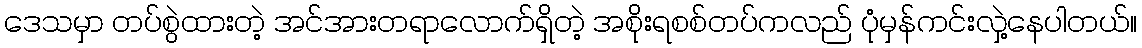
ဒေသမှာ တပ်စွဲထားတဲ့ အင်အားတရာလောက်ရှိတဲ့ အစိုးရစစ်တပ်ကလည် ပုံမှန်ကင်းလှဲ့နေပါတယ်။